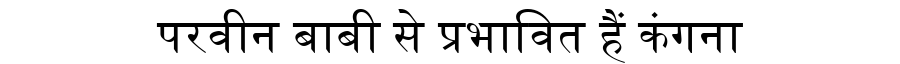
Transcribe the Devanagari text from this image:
परवीन बाबी से प्रभावित हैं कंगना